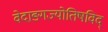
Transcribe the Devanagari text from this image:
वेदाङ्गज्याेतिषविद्